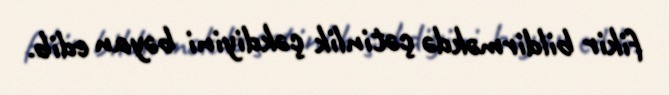
fikir bildirməkdə çətinlik çəkdiyini bəyan edib.